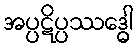
အပ္ပဋိပ္ပဿဒ္ဓေါ